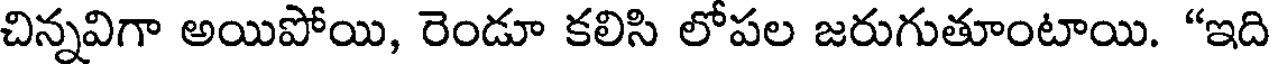
చిన్నవిగా అయిపోయి, రెండూ కలిసి లోపల జరుగుతూంటాయి. "ఇది